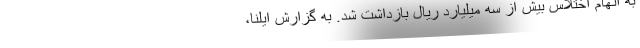
به اتهام اختلاس بیش از سه میلیارد ریال بازداشت شد. به گزارش ایلنا،